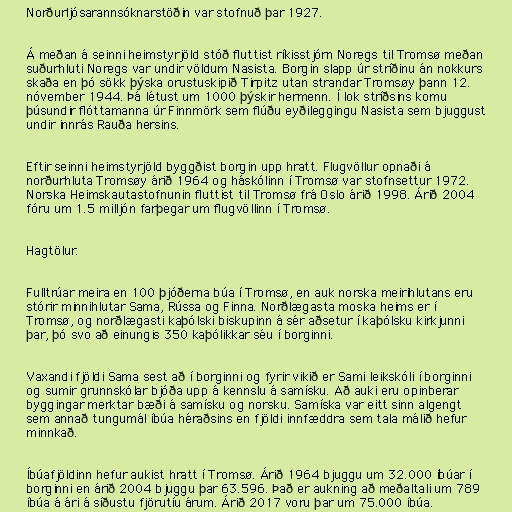
Norðurljósarannsóknarstöðin var stofnuð þar 1927.

Á meðan á seinni heimstyrjöld stóð fluttist ríkisstjórn Noregs til Tromsø meðan
suðurhluti Noregs var undir völdum Nasista. Borgin slapp úr stríðinu án nokkurs
skaða en þó sökk þýska orustuskipið Tirpitz utan strandar Tromsøy þann 12.
nóvember 1944. Þá létust um 1000 þýskir hermenn. Í lok stríðsins komu
þúsundir flóttamanna úr Finnmörk sem flúðu eyðileggingu Nasista sem bjuggust
undir innrás Rauða hersins.

Eftir seinni heimstyrjöld byggðist borgin upp hratt. Flugvöllur opnaði á
norðurhluta Tromsøy árið 1964 og háskólinn í Tromsø var stofnsettur 1972.
Norska Heimskautastofnunin fluttist til Tromsø frá Oslo árið 1998. Árið 2004
fóru um 1.5 milljón farþegar um flugvöllinn í Tromsø.

Hagtölur.

Fulltrúar meira en 100 þjóðerna búa í Tromsø, en auk norska meirihlutans eru
stórir minnihlutar Sama, Rússa og Finna. Norðlægasta moska heims er í
Tromsø, og norðlægasti kaþólski biskupinn á sér aðsetur í kaþólsku kirkjunni
þar, þó svo að einungis 350 kaþólikkar séu í borginni.

Vaxandi fjöldi Sama sest að í borginni og fyrir vikið er Sami leikskóli í borginni
og sumir grunnskólar bjóða upp á kennslu á samísku. Að auki eru opinberar
byggingar merktar bæði á samísku og norsku. Samíska var eitt sinn algengt
sem annað tungumál íbúa héraðsins en fjöldi innfæddra sem tala málið hefur
minnkað.

Íbúafjöldinn hefur aukist hratt í Tromsø. Árið 1964 bjuggu um 32.000 íbúar í
borginni en árið 2004 bjuggu þar 63.596. Það er aukning að meðaltali um 789
íbúa á ári á síðustu fjörutíu árum. Árið 2017 voru þar um 75.000 íbúa.